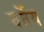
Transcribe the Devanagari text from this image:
वर्तेय